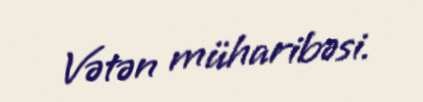
Vətən müharibəsi.